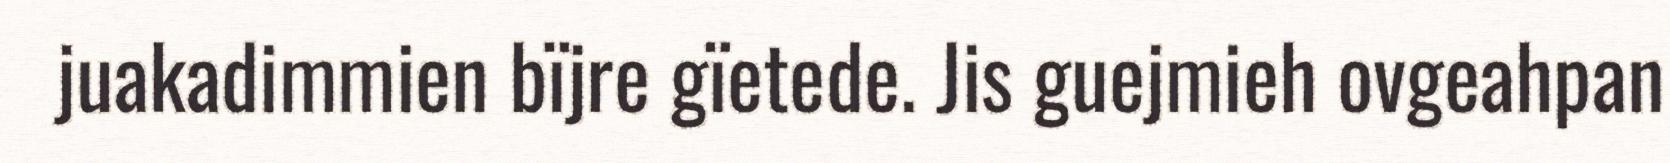
juakadimmien bïjre gïetede. Jis guejmieh ovgeahpan